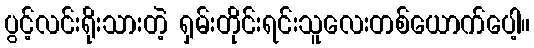
ပွင့်လင်းရိုးသားတဲ့ ရှမ်းတိုင်းရင်းသူလေးတစ်ယောက်ပေါ့။